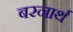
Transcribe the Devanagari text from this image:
बरनार्थ